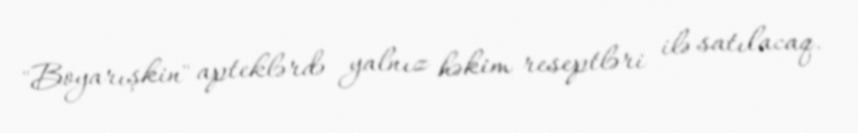
"Boyarışkin" apteklərdə yalnız həkim reseptləri ilə satılacaq.